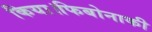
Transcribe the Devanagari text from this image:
किया।फिबोनाकी